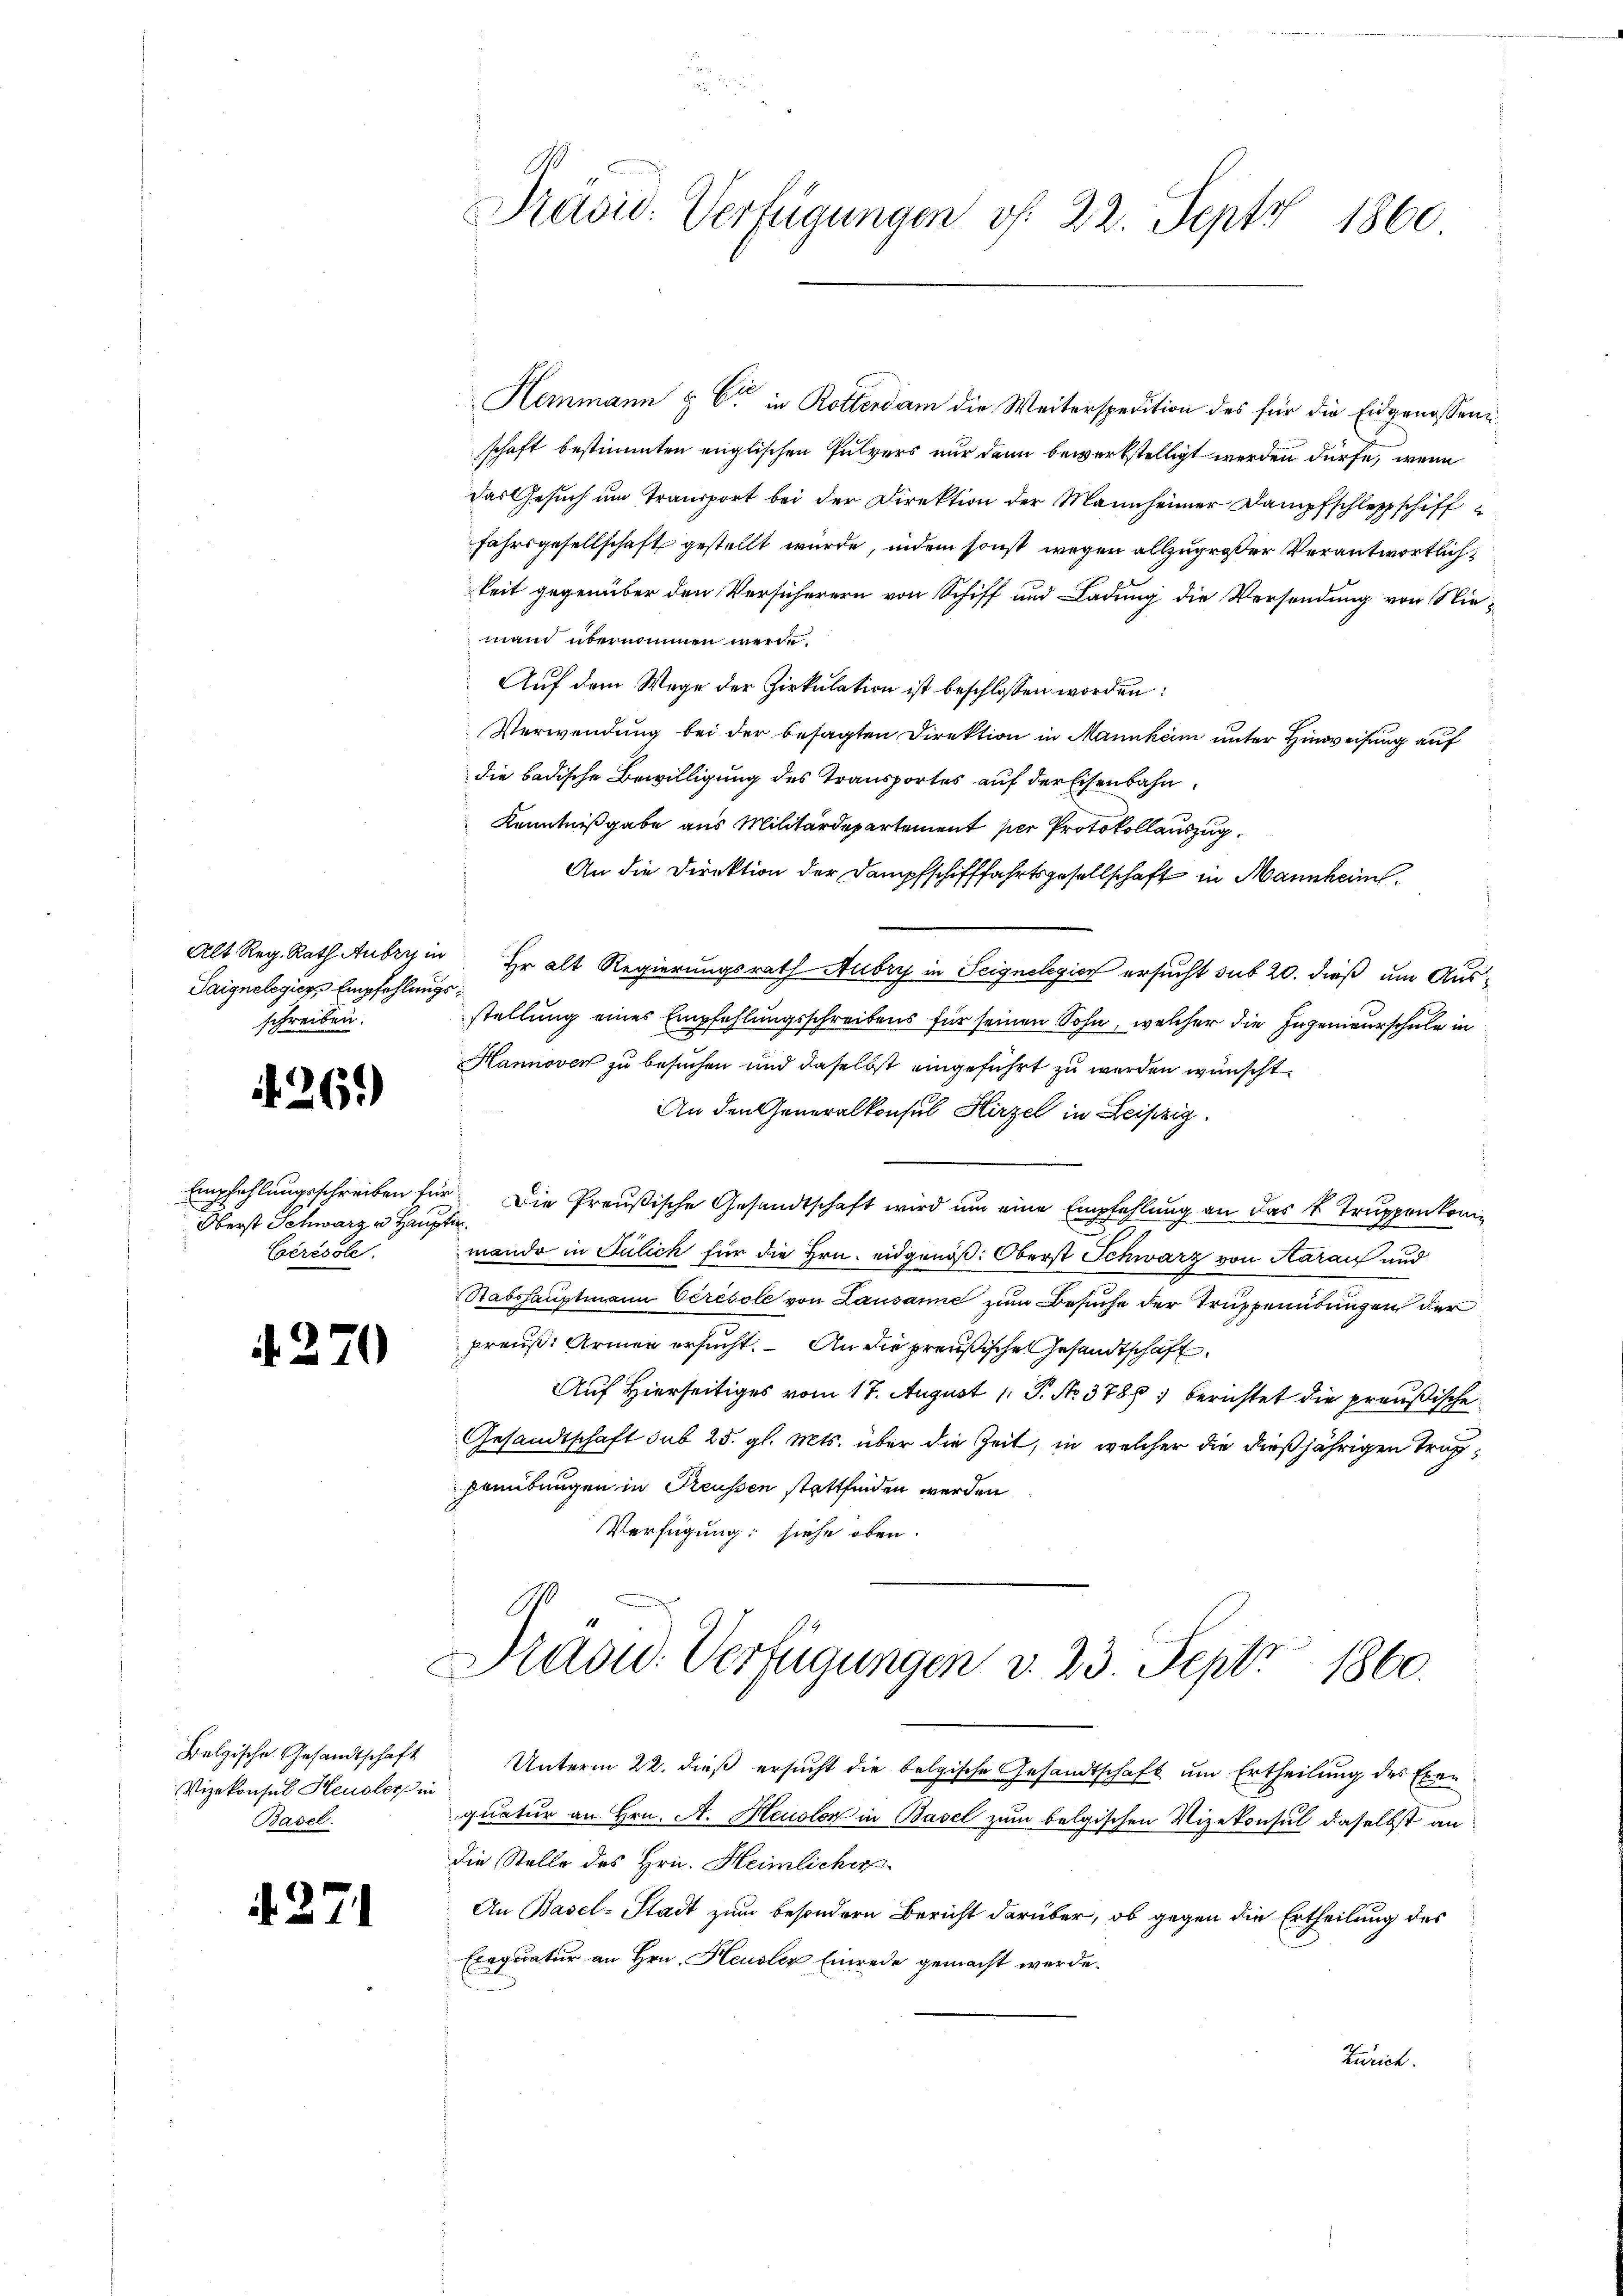
Saignelegier, Empfehlungsschreiben.

1269)

Oberst Schwarze Haup
Cerésole.

A 270

Belgische Gesandtschaft
Vizekonsul Heusler in
Basel.

.

Präsid. Verfügungen v. 22. Sept 1860

Hemmann § 6 in Rotterdam die Weiterspedition des für die Eidgenossenischaft bestimmten englischen Pulvers nur dann bewerkstelligt werden dürfe, wenn
das Gesuch um Transport bei der Direktion der Mannheimer Dampfschlepschiff¬
Fahrsgesellschaft gestellt wurde, indem sonst wegen allzugroßer Verantwortlichkeit gegenüber den Versicherern von Schiff und Ladung die Versendung von Nie-
mand übernommen werde.
Auf dem Wege der Zirkulation ist beschlossen worden:
Verwendung bei der besagten Direktion in Mannkam unter Hinweisung auf
die badische Bewilligung des Transportes auf der Eisenbahn
Kenntnißgabe aus Militärdepartement per Protokollauszug
An die Direktion der Dampfschifffahrtsgesellschaft in Mannheim
Alt Reg. Rath Aubry in Er alt Regierungsrath Aubry in Seignolegier ersucht sub 20. dieß um Ausstellung eines Empfehlungsschreibens für seinen Sohn, welcher die Ingenieurschule in
Hannover zu besuchen und daselbst eingeführt zu werden wünscht.
An den Generalkonsul Hirzel in Leipzig.
Empfehlungsschreiben für Die Preußische Gesandtschaft wird um eine Empfehlung an das k. Truppenkomt
mande in Julich für die Hrn. eidgenöß: Oberst Schwarz von Karais und
Stabshauptmann Verésole von Lausame zum Besuche der Truppenübungen der
preuß. Armen ersucht. – An die preußischen Gesandtschaft
Auf Hierseitiges vom 17. August 1. P. Nr. 3788) berichtet die preußische
Gesandtschaft sub 25. gl. Mts. über die Zeit, in welcher die dießjährigen Trag¬
Bauübungen in Preussen stattfinden werden
Verfügung siehe oben.
Präsid. Verfügungen v. 23. Sept. 1860.
Unterm 22. dieß ersucht die belgische Gesandtschaft um Ertheilung des Exen
quatur an Hrn. A. Heusler in Basel zum belgischen Vizekonsul daselbst an
die Stelle des Hrn. Heimlicher
An Basel-Stadt zum besondern Bericht darüber, ob gegen die Ertheilung des
Exequatur an Hrn. Heusler Einrede gemacht werde.
Zürich.